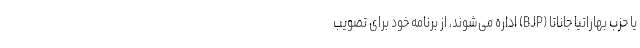
یا حزب بهاراتیا جاناتا (BJP) اداره می‌شوند، از برنامه خود برای تصویب